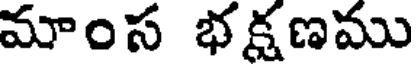
మాంస భక్షణము